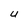
Character: U